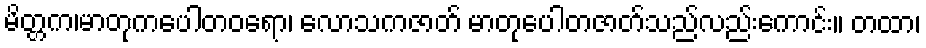
မိတ္တက၊မာတုကပေါတဝရော၊ လောသကဇာတ် မာတုပေါတဇာတ်သည်လည်းကောင်း။ တထာ၊